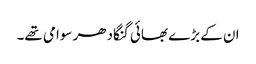
ان کے بڑے بھائی گنگادھر سوامی تھے۔